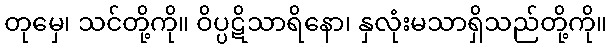
တုမှေ၊ သင်တို့ကို။ ဝိပ္ပဋိသာရိနော၊ နှလုံးမသာရှိသည်တို့ကို။